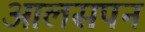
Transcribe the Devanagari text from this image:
आलसपन